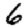
Digit: 6